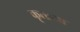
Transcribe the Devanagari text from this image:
कृताया